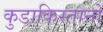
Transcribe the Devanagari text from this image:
कुडाकिस्तानों